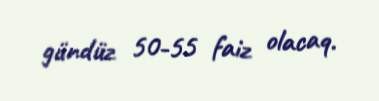
gündüz 50-55 faiz olacaq.